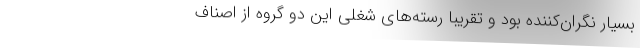
بسیار نگران‌کننده بود و تقریباً رسته‌های شغلی این دو گروه از اصناف